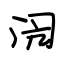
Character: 闶